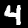
Digit: 4